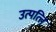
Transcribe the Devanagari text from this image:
उत्पत्‍ति